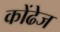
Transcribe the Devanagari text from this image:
कोंढेज